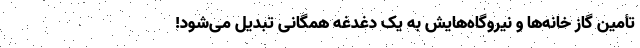
تأمین گاز خانه‌ها و نیروگاه‌هایش به یک دغدغه همگانی تبدیل می‌شود!